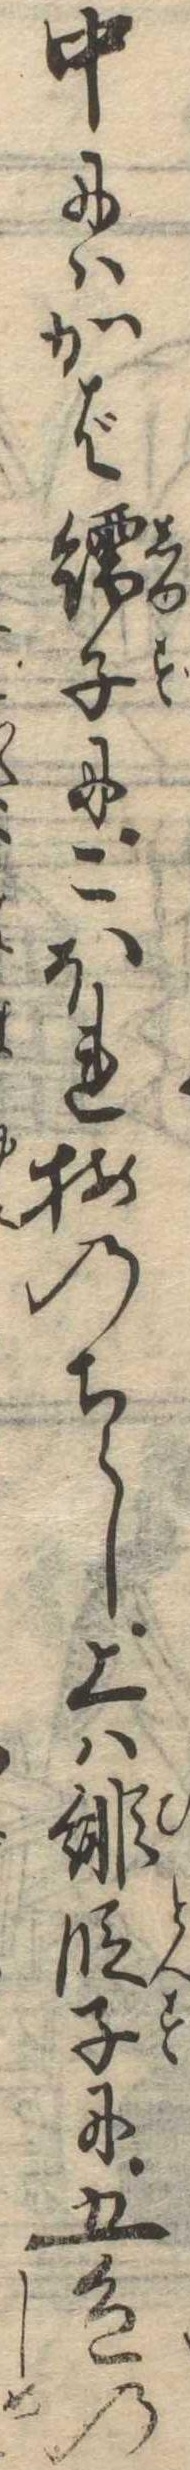
中にはかば繻子にこほれ梅のちらし上は緋段子に五色の